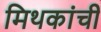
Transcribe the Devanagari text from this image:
मिथकांची